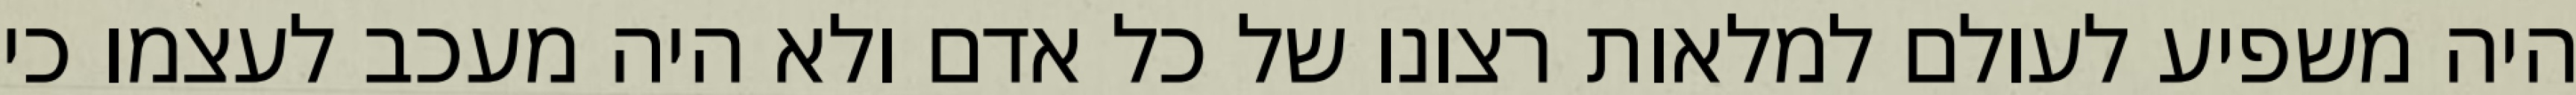
היה משפיע לעולם למלאות רצונו של כל אדם ולא היה מעכב לעצמו כי